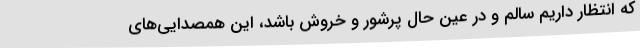
که انتظار داریم سالم و در عین حال پرشور و خروش باشد، این همصدایی‌های